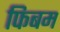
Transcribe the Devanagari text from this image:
फिबम